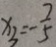
x _ { 3 } = - \frac { 7 } { 5 }